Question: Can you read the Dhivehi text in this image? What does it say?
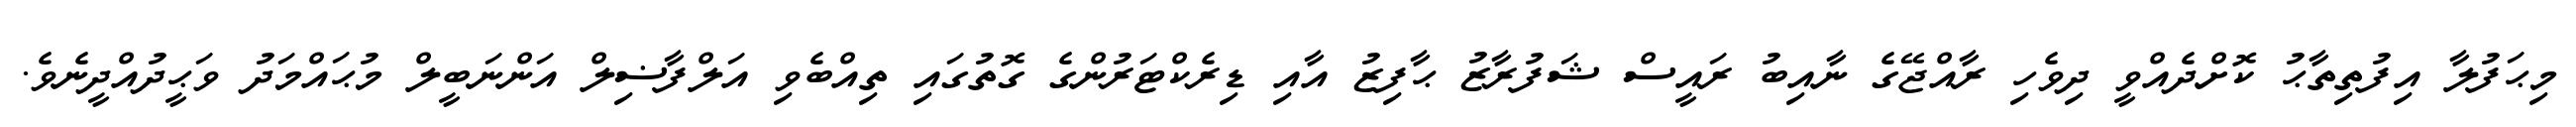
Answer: މިޙަފުލާ އިފުތިތާޙު ކޮށްދެއްވީ ދިވެހި ރާއްޖޭގެ ނާއިބު ރައީސް ޝަފުރާޒު ޙާފިޒު އާއި ޑިރެކްޓަރުންގެ ގޮތުގައި ތިއްބެވި އަލްފާޟިލް އަންނަބީލް މުޙައްމަދު ވަޙީދުއްދީނެވެ.